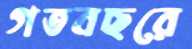
গতবছরে